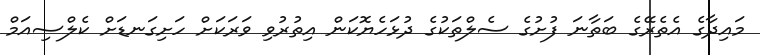
މައިދާގެ އެތެރޭގެ ބަތާނަ ފުށުގެ ސެލްތަކުގެ ދުޅަހެޔޮކަން އިތުރުވި ވަރަކަށް ހަށިގަނޑަށް ކެލްސިއަމް